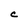
Character: C